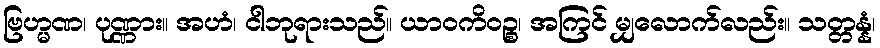
ဗြဟ္မဏ၊ ပုဏ္ဏား။ အဟံ၊ ငါဘုရားသည်။ ယာဝကိဝဉ္စ၊ အကြင် မျှလောက်လည်း။ သတ္တန္နံ၊